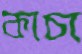
কাচা